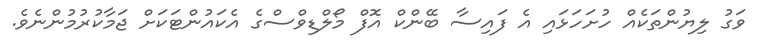
ވަގު ލިޔުންތަކެއް ހުށަހަޅައި އެ ފައިސާ ބޭންކް އޮފް މޯލްޑިވްސްގެ އެކައުންޓަކަށް ޖަމާކުރުމުންނެވެ.